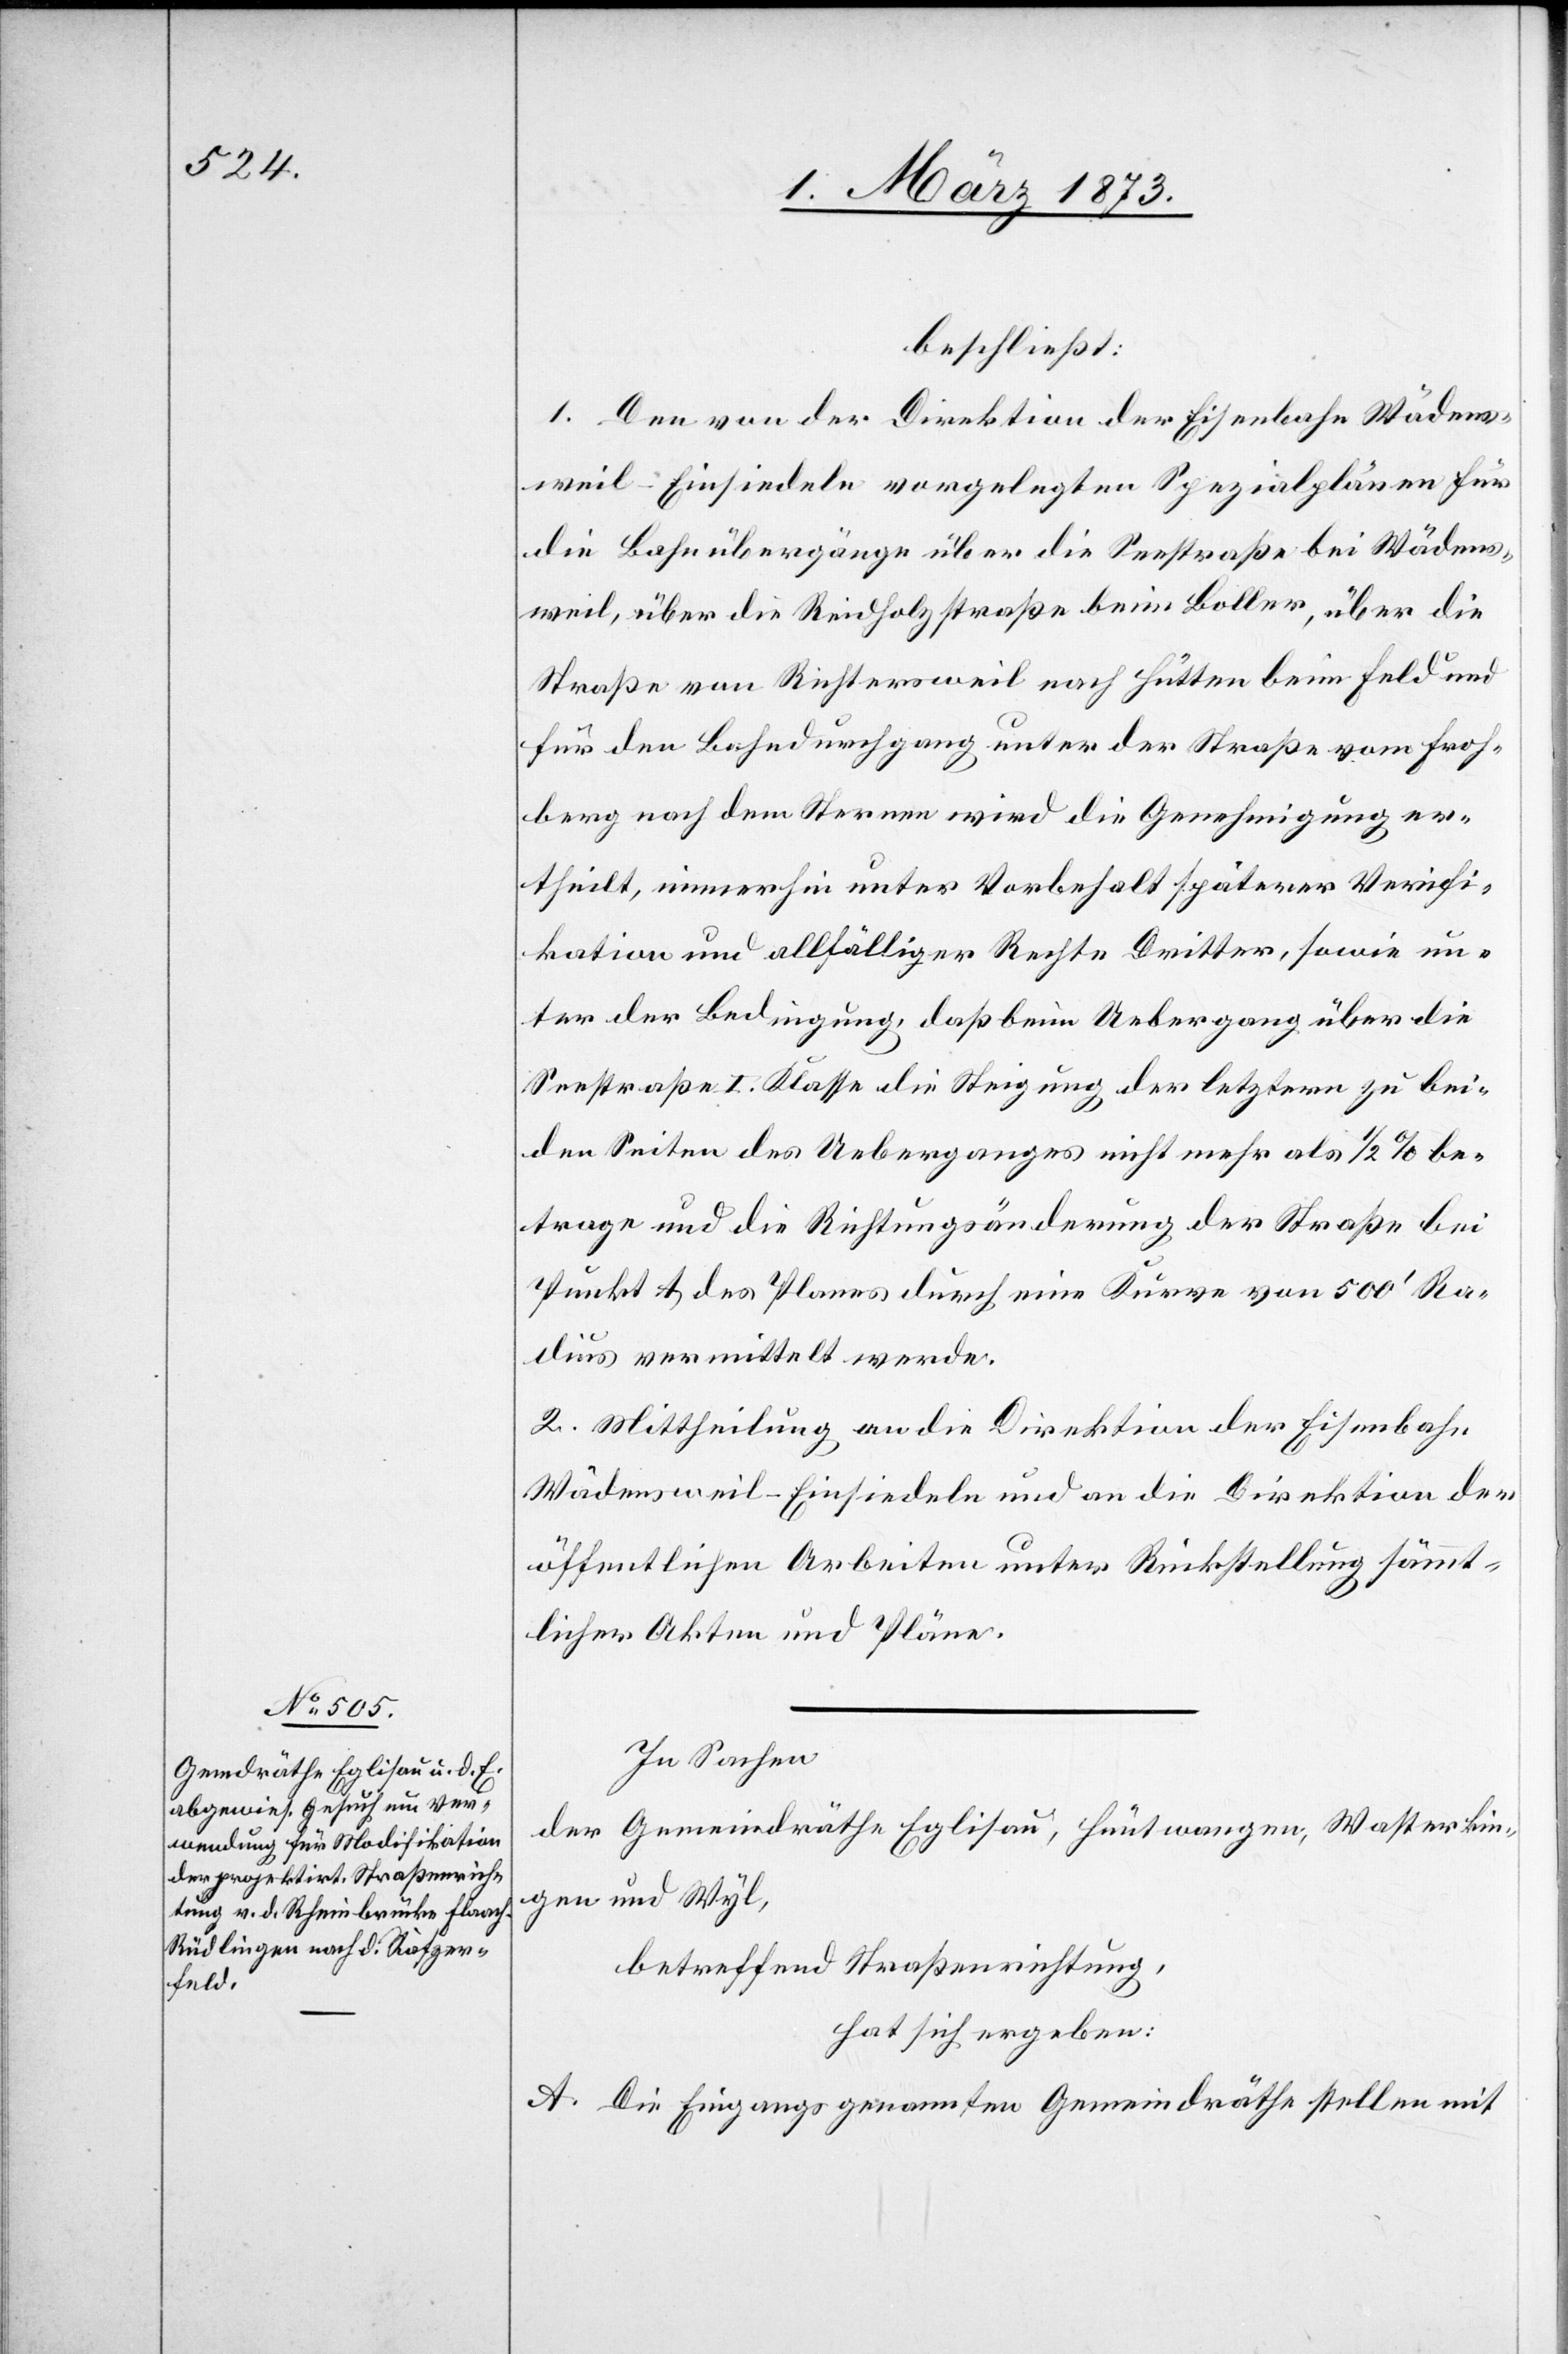
beschließt:
1. Den von der Direktion der Eisenbahn Wädens¬
weil–Einsiedeln vorgelegten Spezialplänen für
die Bahnübergänge über die Seestraße bei Wädens¬
weil, über die Reidholzstraße beim Boller, über die
Straße von Richtersweil nach Hütten beim Feld und
für den Bahndurchgang unter der Straße vom Froh¬
berg nach dem Sternen wird die Genehmigung er¬
theilt, immerhin unter Vorbehalt späterer Verifi¬
kation und allfälliger Rechte Dritter, sowie un¬
ter der Bedingung, daß beim Uebergang über die
Seestraße I. Klasse die Steigung der letztern zu bei¬
den Seiten des Ueberganges nicht mehr als 1/2% be¬
trage und die Richtungsänderung der Straße bei
Punkt A des Planes durch eine Kurve von 500’ Ra¬
dius vermittelt werde.
2. Mittheilung an die Direktion der Eisenbahn
Wädensweil–Einsiedeln und an die Direktion der
öffentlichen Arbeiten unter Rückstellung sämmt¬
licher Akten und Pläne.
In Sachen
der Gemeindräthe Eglisau, Hüntwangen, Wasterkin¬
gen und Wyl,
betreffend Straßenrichtung,
hat sich ergeben:
A. Die Eingangs genannten Gemeindräthe stellen mit